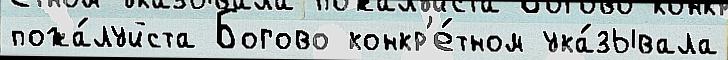
пожа́луйста Богово конкр'е́тном ука́зывала